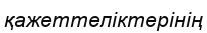
қажеттеліктерінің